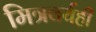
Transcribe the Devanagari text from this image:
मित्रवर्यही